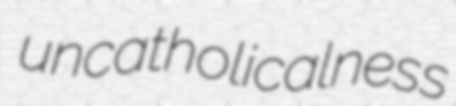
uncatholicalness